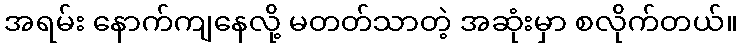
အရမ်း နောက်ကျနေလို့ မတတ်သာတဲ့ အဆုံးမှာ စလိုက်တယ်။